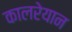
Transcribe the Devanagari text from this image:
कालरेयान